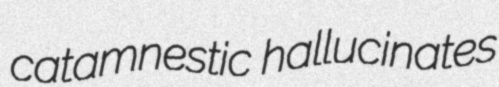
catamnestic hallucinates